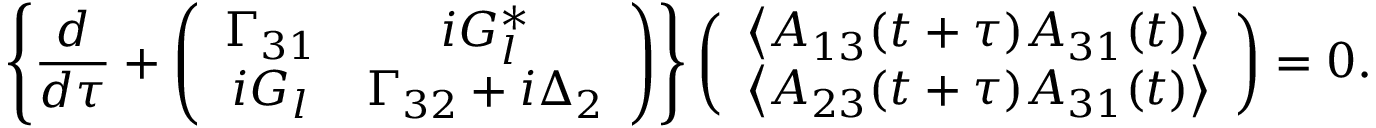
\left\{ \frac { d } { d \tau } + \left( \begin{array} { c c } { \Gamma _ { 3 1 } } & { i G _ { l } ^ { * } } \\ { i G _ { l } } & { \Gamma _ { 3 2 } + i \Delta _ { 2 } } \end{array} \right) \right\} \left( \begin{array} { c } { \left\langle A _ { 1 3 } ( t + \tau ) A _ { 3 1 } ( t ) \right\rangle } \\ { \left\langle A _ { 2 3 } ( t + \tau ) A _ { 3 1 } ( t ) \right\rangle } \end{array} \right) = 0 .